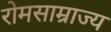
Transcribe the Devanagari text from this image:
रोमसाम्राज्य